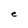
Character: e